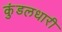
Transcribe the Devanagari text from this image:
कुंडलधारी